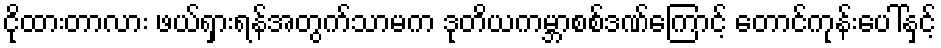
ငိုထားတာလား ဖယ်ရှားရန်အတွက်သာမက ဒုတိယကမ္ဘာစစ်ဒဏ်ကြောင့် တောင်ကုန်းပေါ်နှင့်